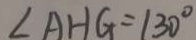
\angle A H G = 1 3 0 ^ { \circ }